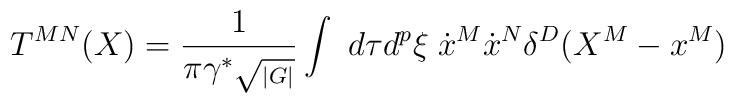
T^{MN}(X)= {1 \over \pi\gamma^\ast \sqrt{_{|G|}}} \int ~d\tau d^{p}\xi \; \dot{x}^M\dot{x}^N\delta^D(X^M-x^M)